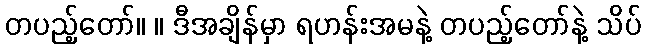
တပည့်တော်။ ။ ဒီအချိန်မှာ ရဟန်းအမနဲ့ တပည့်တော်နဲ့ သိပ်